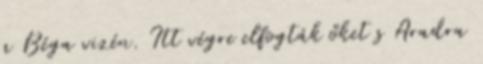
a Béga vizén. Itt végre elfogták őket s Aradra